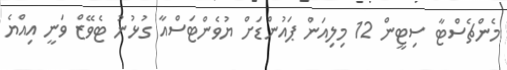
މެންޗެސްޓާ ސިޓީން 12 މިލިއަން ޕައުންޑަށް ޔުވެންޓަސްއާ ގުޅުނު ޓެވޭޒް ވަނީ އިއްޔެ